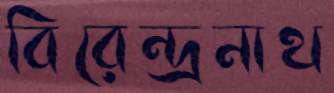
বিরেন্দ্রনাথ